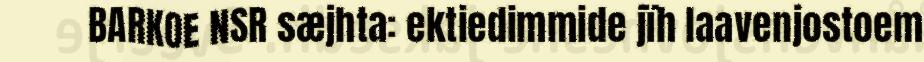
BARKOE NSR sæjhta: ektiedimmide jïh laavenjostoem